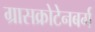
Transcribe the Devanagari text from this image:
ग्रासक्रोटेनबर्ग